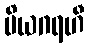
ပိယဂရဟီ